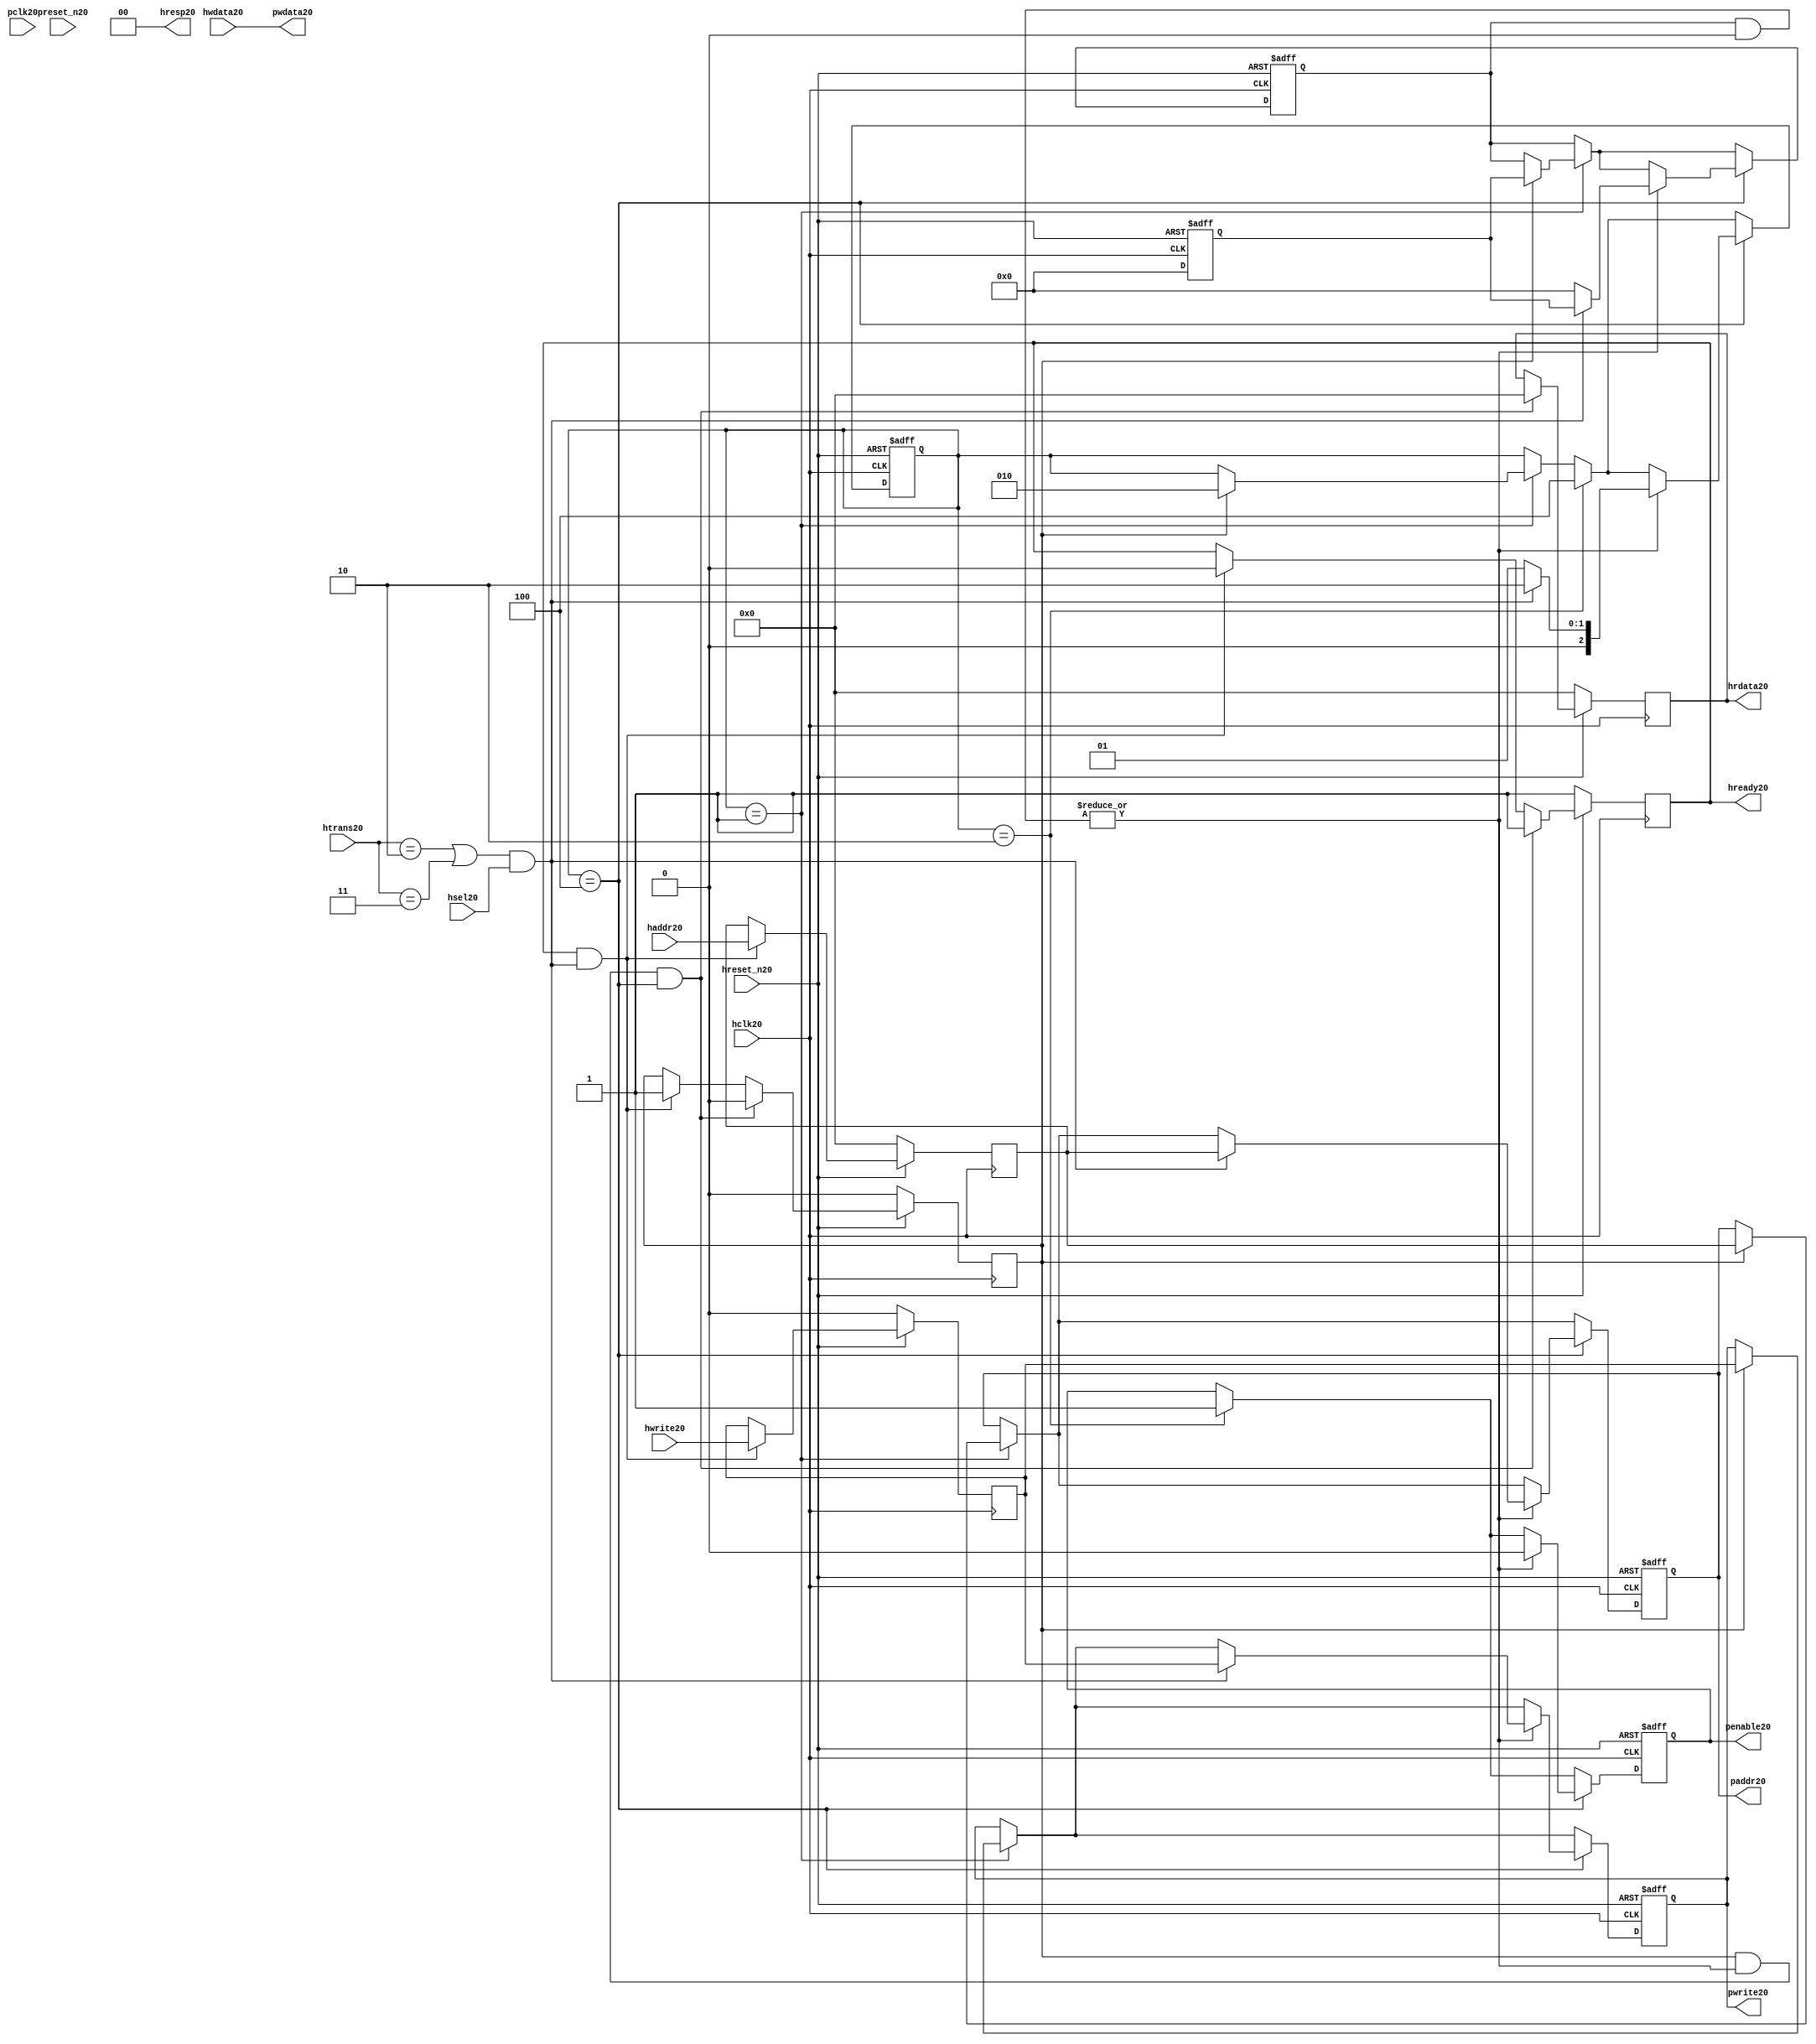
module ahb2apb20
(
  // AHB20 signals20
  hclk20,
  hreset_n20,
  hsel20,
  haddr20,
  htrans20,
  hwdata20,
  hwrite20,
  hrdata20,
  hready20,
  hresp20,
  
  // APB20 signals20 common to all APB20 slaves20
  pclk20,
  preset_n20,
  paddr20,
  penable20,
  pwrite20,
  pwdata20
  
  // Slave20 0 signals20
  `ifdef APB_SLAVE020
  ,psel020
  ,pready020
  ,prdata020
  `endif
  
  // Slave20 1 signals20
  `ifdef APB_SLAVE120
  ,psel120
  ,pready120
  ,prdata120
  `endif
  
  // Slave20 2 signals20
  `ifdef APB_SLAVE220
  ,psel220
  ,pready220
  ,prdata220
  `endif
  
  // Slave20 3 signals20
  `ifdef APB_SLAVE320
  ,psel320
  ,pready320
  ,prdata320
  `endif
  
  // Slave20 4 signals20
  `ifdef APB_SLAVE420
  ,psel420
  ,pready420
  ,prdata420
  `endif
  
  // Slave20 5 signals20
  `ifdef APB_SLAVE520
  ,psel520
  ,pready520
  ,prdata520
  `endif
  
  // Slave20 6 signals20
  `ifdef APB_SLAVE620
  ,psel620
  ,pready620
  ,prdata620
  `endif
  
  // Slave20 7 signals20
  `ifdef APB_SLAVE720
  ,psel720
  ,pready720
  ,prdata720
  `endif
  
  // Slave20 8 signals20
  `ifdef APB_SLAVE820
  ,psel820
  ,pready820
  ,prdata820
  `endif
  
  // Slave20 9 signals20
  `ifdef APB_SLAVE920
  ,psel920
  ,pready920
  ,prdata920
  `endif
  
  // Slave20 10 signals20
  `ifdef APB_SLAVE1020
  ,psel1020
  ,pready1020
  ,prdata1020
  `endif
  
  // Slave20 11 signals20
  `ifdef APB_SLAVE1120
  ,psel1120
  ,pready1120
  ,prdata1120
  `endif
  
  // Slave20 12 signals20
  `ifdef APB_SLAVE1220
  ,psel1220
  ,pready1220
  ,prdata1220
  `endif
  
  // Slave20 13 signals20
  `ifdef APB_SLAVE1320
  ,psel1320
  ,pready1320
  ,prdata1320
  `endif
  
  // Slave20 14 signals20
  `ifdef APB_SLAVE1420
  ,psel1420
  ,pready1420
  ,prdata1420
  `endif
  
  // Slave20 15 signals20
  `ifdef APB_SLAVE1520
  ,psel1520
  ,pready1520
  ,prdata1520
  `endif
  
);

parameter 
  APB_SLAVE0_START_ADDR20  = 32'h00000000,
  APB_SLAVE0_END_ADDR20    = 32'h00000000,
  APB_SLAVE1_START_ADDR20  = 32'h00000000,
  APB_SLAVE1_END_ADDR20    = 32'h00000000,
  APB_SLAVE2_START_ADDR20  = 32'h00000000,
  APB_SLAVE2_END_ADDR20    = 32'h00000000,
  APB_SLAVE3_START_ADDR20  = 32'h00000000,
  APB_SLAVE3_END_ADDR20    = 32'h00000000,
  APB_SLAVE4_START_ADDR20  = 32'h00000000,
  APB_SLAVE4_END_ADDR20    = 32'h00000000,
  APB_SLAVE5_START_ADDR20  = 32'h00000000,
  APB_SLAVE5_END_ADDR20    = 32'h00000000,
  APB_SLAVE6_START_ADDR20  = 32'h00000000,
  APB_SLAVE6_END_ADDR20    = 32'h00000000,
  APB_SLAVE7_START_ADDR20  = 32'h00000000,
  APB_SLAVE7_END_ADDR20    = 32'h00000000,
  APB_SLAVE8_START_ADDR20  = 32'h00000000,
  APB_SLAVE8_END_ADDR20    = 32'h00000000,
  APB_SLAVE9_START_ADDR20  = 32'h00000000,
  APB_SLAVE9_END_ADDR20    = 32'h00000000,
  APB_SLAVE10_START_ADDR20  = 32'h00000000,
  APB_SLAVE10_END_ADDR20    = 32'h00000000,
  APB_SLAVE11_START_ADDR20  = 32'h00000000,
  APB_SLAVE11_END_ADDR20    = 32'h00000000,
  APB_SLAVE12_START_ADDR20  = 32'h00000000,
  APB_SLAVE12_END_ADDR20    = 32'h00000000,
  APB_SLAVE13_START_ADDR20  = 32'h00000000,
  APB_SLAVE13_END_ADDR20    = 32'h00000000,
  APB_SLAVE14_START_ADDR20  = 32'h00000000,
  APB_SLAVE14_END_ADDR20    = 32'h00000000,
  APB_SLAVE15_START_ADDR20  = 32'h00000000,
  APB_SLAVE15_END_ADDR20    = 32'h00000000;

  // AHB20 signals20
input        hclk20;
input        hreset_n20;
input        hsel20;
input[31:0]  haddr20;
input[1:0]   htrans20;
input[31:0]  hwdata20;
input        hwrite20;
output[31:0] hrdata20;
reg   [31:0] hrdata20;
output       hready20;
output[1:0]  hresp20;
  
  // APB20 signals20 common to all APB20 slaves20
input       pclk20;
input       preset_n20;
output[31:0] paddr20;
reg   [31:0] paddr20;
output       penable20;
reg          penable20;
output       pwrite20;
reg          pwrite20;
output[31:0] pwdata20;
  
  // Slave20 0 signals20
`ifdef APB_SLAVE020
  output      psel020;
  input       pready020;
  input[31:0] prdata020;
`endif
  
  // Slave20 1 signals20
`ifdef APB_SLAVE120
  output      psel120;
  input       pready120;
  input[31:0] prdata120;
`endif
  
  // Slave20 2 signals20
`ifdef APB_SLAVE220
  output      psel220;
  input       pready220;
  input[31:0] prdata220;
`endif
  
  // Slave20 3 signals20
`ifdef APB_SLAVE320
  output      psel320;
  input       pready320;
  input[31:0] prdata320;
`endif
  
  // Slave20 4 signals20
`ifdef APB_SLAVE420
  output      psel420;
  input       pready420;
  input[31:0] prdata420;
`endif
  
  // Slave20 5 signals20
`ifdef APB_SLAVE520
  output      psel520;
  input       pready520;
  input[31:0] prdata520;
`endif
  
  // Slave20 6 signals20
`ifdef APB_SLAVE620
  output      psel620;
  input       pready620;
  input[31:0] prdata620;
`endif
  
  // Slave20 7 signals20
`ifdef APB_SLAVE720
  output      psel720;
  input       pready720;
  input[31:0] prdata720;
`endif
  
  // Slave20 8 signals20
`ifdef APB_SLAVE820
  output      psel820;
  input       pready820;
  input[31:0] prdata820;
`endif
  
  // Slave20 9 signals20
`ifdef APB_SLAVE920
  output      psel920;
  input       pready920;
  input[31:0] prdata920;
`endif
  
  // Slave20 10 signals20
`ifdef APB_SLAVE1020
  output      psel1020;
  input       pready1020;
  input[31:0] prdata1020;
`endif
  
  // Slave20 11 signals20
`ifdef APB_SLAVE1120
  output      psel1120;
  input       pready1120;
  input[31:0] prdata1120;
`endif
  
  // Slave20 12 signals20
`ifdef APB_SLAVE1220
  output      psel1220;
  input       pready1220;
  input[31:0] prdata1220;
`endif
  
  // Slave20 13 signals20
`ifdef APB_SLAVE1320
  output      psel1320;
  input       pready1320;
  input[31:0] prdata1320;
`endif
  
  // Slave20 14 signals20
`ifdef APB_SLAVE1420
  output      psel1420;
  input       pready1420;
  input[31:0] prdata1420;
`endif
  
  // Slave20 15 signals20
`ifdef APB_SLAVE1520
  output      psel1520;
  input       pready1520;
  input[31:0] prdata1520;
`endif
 
reg         ahb_addr_phase20;
reg         ahb_data_phase20;
wire        valid_ahb_trans20;
wire        pready_muxed20;
wire [31:0] prdata_muxed20;
reg  [31:0] haddr_reg20;
reg         hwrite_reg20;
reg  [2:0]  apb_state20;
wire [2:0]  apb_state_idle20;
wire [2:0]  apb_state_setup20;
wire [2:0]  apb_state_access20;
reg  [15:0] slave_select20;
wire [15:0] pready_vector20;
reg  [15:0] psel_vector20;
wire [31:0] prdata0_q20;
wire [31:0] prdata1_q20;
wire [31:0] prdata2_q20;
wire [31:0] prdata3_q20;
wire [31:0] prdata4_q20;
wire [31:0] prdata5_q20;
wire [31:0] prdata6_q20;
wire [31:0] prdata7_q20;
wire [31:0] prdata8_q20;
wire [31:0] prdata9_q20;
wire [31:0] prdata10_q20;
wire [31:0] prdata11_q20;
wire [31:0] prdata12_q20;
wire [31:0] prdata13_q20;
wire [31:0] prdata14_q20;
wire [31:0] prdata15_q20;

// assign pclk20     = hclk20;
// assign preset_n20 = hreset_n20;
assign hready20   = ahb_addr_phase20;
assign pwdata20   = hwdata20;
assign hresp20  = 2'b00;

// Respond20 to NONSEQ20 or SEQ transfers20
assign valid_ahb_trans20 = ((htrans20 == 2'b10) || (htrans20 == 2'b11)) && (hsel20 == 1'b1);

always @(posedge hclk20) begin
  if (hreset_n20 == 1'b0) begin
    ahb_addr_phase20 <= 1'b1;
    ahb_data_phase20 <= 1'b0;
    haddr_reg20      <= 'b0;
    hwrite_reg20     <= 1'b0;
    hrdata20         <= 'b0;
  end
  else begin
    if (ahb_addr_phase20 == 1'b1 && valid_ahb_trans20 == 1'b1) begin
      ahb_addr_phase20 <= 1'b0;
      ahb_data_phase20 <= 1'b1;
      haddr_reg20      <= haddr20;
      hwrite_reg20     <= hwrite20;
    end
    if (ahb_data_phase20 == 1'b1 && pready_muxed20 == 1'b1 && apb_state20 == apb_state_access20) begin
      ahb_addr_phase20 <= 1'b1;
      ahb_data_phase20 <= 1'b0;
      hrdata20         <= prdata_muxed20;
    end
  end
end

// APB20 state machine20 state definitions20
assign apb_state_idle20   = 3'b001;
assign apb_state_setup20  = 3'b010;
assign apb_state_access20 = 3'b100;

// APB20 state machine20
always @(posedge hclk20 or negedge hreset_n20) begin
  if (hreset_n20 == 1'b0) begin
    apb_state20   <= apb_state_idle20;
    psel_vector20 <= 1'b0;
    penable20     <= 1'b0;
    paddr20       <= 1'b0;
    pwrite20      <= 1'b0;
  end  
  else begin
    
    // IDLE20 -> SETUP20
    if (apb_state20 == apb_state_idle20) begin
      if (ahb_data_phase20 == 1'b1) begin
        apb_state20   <= apb_state_setup20;
        psel_vector20 <= slave_select20;
        paddr20       <= haddr_reg20;
        pwrite20      <= hwrite_reg20;
      end  
    end
    
    // SETUP20 -> TRANSFER20
    if (apb_state20 == apb_state_setup20) begin
      apb_state20 <= apb_state_access20;
      penable20   <= 1'b1;
    end
    
    // TRANSFER20 -> SETUP20 or
    // TRANSFER20 -> IDLE20
    if (apb_state20 == apb_state_access20) begin
      if (pready_muxed20 == 1'b1) begin
      
        // TRANSFER20 -> SETUP20
        if (valid_ahb_trans20 == 1'b1) begin
          apb_state20   <= apb_state_setup20;
          penable20     <= 1'b0;
          psel_vector20 <= slave_select20;
          paddr20       <= haddr_reg20;
          pwrite20      <= hwrite_reg20;
        end  
        
        // TRANSFER20 -> IDLE20
        else begin
          apb_state20   <= apb_state_idle20;      
          penable20     <= 1'b0;
          psel_vector20 <= 'b0;
        end  
      end
    end
    
  end
end

always @(posedge hclk20 or negedge hreset_n20) begin
  if (hreset_n20 == 1'b0)
    slave_select20 <= 'b0;
  else begin  
  `ifdef APB_SLAVE020
     slave_select20[0]   <= valid_ahb_trans20 && (haddr20 >= APB_SLAVE0_START_ADDR20)  && (haddr20 <= APB_SLAVE0_END_ADDR20);
   `else
     slave_select20[0]   <= 1'b0;
   `endif
   
   `ifdef APB_SLAVE120
     slave_select20[1]   <= valid_ahb_trans20 && (haddr20 >= APB_SLAVE1_START_ADDR20)  && (haddr20 <= APB_SLAVE1_END_ADDR20);
   `else
     slave_select20[1]   <= 1'b0;
   `endif  
     
   `ifdef APB_SLAVE220  
     slave_select20[2]   <= valid_ahb_trans20 && (haddr20 >= APB_SLAVE2_START_ADDR20)  && (haddr20 <= APB_SLAVE2_END_ADDR20);
   `else
     slave_select20[2]   <= 1'b0;
   `endif  
     
   `ifdef APB_SLAVE320  
     slave_select20[3]   <= valid_ahb_trans20 && (haddr20 >= APB_SLAVE3_START_ADDR20)  && (haddr20 <= APB_SLAVE3_END_ADDR20);
   `else
     slave_select20[3]   <= 1'b0;
   `endif  
     
   `ifdef APB_SLAVE420  
     slave_select20[4]   <= valid_ahb_trans20 && (haddr20 >= APB_SLAVE4_START_ADDR20)  && (haddr20 <= APB_SLAVE4_END_ADDR20);
   `else
     slave_select20[4]   <= 1'b0;
   `endif  
     
   `ifdef APB_SLAVE520  
     slave_select20[5]   <= valid_ahb_trans20 && (haddr20 >= APB_SLAVE5_START_ADDR20)  && (haddr20 <= APB_SLAVE5_END_ADDR20);
   `else
     slave_select20[5]   <= 1'b0;
   `endif  
     
   `ifdef APB_SLAVE620  
     slave_select20[6]   <= valid_ahb_trans20 && (haddr20 >= APB_SLAVE6_START_ADDR20)  && (haddr20 <= APB_SLAVE6_END_ADDR20);
   `else
     slave_select20[6]   <= 1'b0;
   `endif  
     
   `ifdef APB_SLAVE720  
     slave_select20[7]   <= valid_ahb_trans20 && (haddr20 >= APB_SLAVE7_START_ADDR20)  && (haddr20 <= APB_SLAVE7_END_ADDR20);
   `else
     slave_select20[7]   <= 1'b0;
   `endif  
     
   `ifdef APB_SLAVE820  
     slave_select20[8]   <= valid_ahb_trans20 && (haddr20 >= APB_SLAVE8_START_ADDR20)  && (haddr20 <= APB_SLAVE8_END_ADDR20);
   `else
     slave_select20[8]   <= 1'b0;
   `endif  
     
   `ifdef APB_SLAVE920  
     slave_select20[9]   <= valid_ahb_trans20 && (haddr20 >= APB_SLAVE9_START_ADDR20)  && (haddr20 <= APB_SLAVE9_END_ADDR20);
   `else
     slave_select20[9]   <= 1'b0;
   `endif  
     
   `ifdef APB_SLAVE1020  
     slave_select20[10]  <= valid_ahb_trans20 && (haddr20 >= APB_SLAVE10_START_ADDR20) && (haddr20 <= APB_SLAVE10_END_ADDR20);
   `else
     slave_select20[10]   <= 1'b0;
   `endif  
     
   `ifdef APB_SLAVE1120  
     slave_select20[11]  <= valid_ahb_trans20 && (haddr20 >= APB_SLAVE11_START_ADDR20) && (haddr20 <= APB_SLAVE11_END_ADDR20);
   `else
     slave_select20[11]   <= 1'b0;
   `endif  
     
   `ifdef APB_SLAVE1220  
     slave_select20[12]  <= valid_ahb_trans20 && (haddr20 >= APB_SLAVE12_START_ADDR20) && (haddr20 <= APB_SLAVE12_END_ADDR20);
   `else
     slave_select20[12]   <= 1'b0;
   `endif  
     
   `ifdef APB_SLAVE1320  
     slave_select20[13]  <= valid_ahb_trans20 && (haddr20 >= APB_SLAVE13_START_ADDR20) && (haddr20 <= APB_SLAVE13_END_ADDR20);
   `else
     slave_select20[13]   <= 1'b0;
   `endif  
     
   `ifdef APB_SLAVE1420  
     slave_select20[14]  <= valid_ahb_trans20 && (haddr20 >= APB_SLAVE14_START_ADDR20) && (haddr20 <= APB_SLAVE14_END_ADDR20);
   `else
     slave_select20[14]   <= 1'b0;
   `endif  
     
   `ifdef APB_SLAVE1520  
     slave_select20[15]  <= valid_ahb_trans20 && (haddr20 >= APB_SLAVE15_START_ADDR20) && (haddr20 <= APB_SLAVE15_END_ADDR20);
   `else
     slave_select20[15]   <= 1'b0;
   `endif  
  end
end

assign pready_muxed20 = |(psel_vector20 & pready_vector20);
assign prdata_muxed20 = prdata0_q20  | prdata1_q20  | prdata2_q20  | prdata3_q20  |
                      prdata4_q20  | prdata5_q20  | prdata6_q20  | prdata7_q20  |
                      prdata8_q20  | prdata9_q20  | prdata10_q20 | prdata11_q20 |
                      prdata12_q20 | prdata13_q20 | prdata14_q20 | prdata15_q20 ;

`ifdef APB_SLAVE020
  assign psel020            = psel_vector20[0];
  assign pready_vector20[0] = pready020;
  assign prdata0_q20        = (psel020 == 1'b1) ? prdata020 : 'b0;
`else
  assign pready_vector20[0] = 1'b0;
  assign prdata0_q20        = 'b0;
`endif

`ifdef APB_SLAVE120
  assign psel120            = psel_vector20[1];
  assign pready_vector20[1] = pready120;
  assign prdata1_q20        = (psel120 == 1'b1) ? prdata120 : 'b0;
`else
  assign pready_vector20[1] = 1'b0;
  assign prdata1_q20        = 'b0;
`endif

`ifdef APB_SLAVE220
  assign psel220            = psel_vector20[2];
  assign pready_vector20[2] = pready220;
  assign prdata2_q20        = (psel220 == 1'b1) ? prdata220 : 'b0;
`else
  assign pready_vector20[2] = 1'b0;
  assign prdata2_q20        = 'b0;
`endif

`ifdef APB_SLAVE320
  assign psel320            = psel_vector20[3];
  assign pready_vector20[3] = pready320;
  assign prdata3_q20        = (psel320 == 1'b1) ? prdata320 : 'b0;
`else
  assign pready_vector20[3] = 1'b0;
  assign prdata3_q20        = 'b0;
`endif

`ifdef APB_SLAVE420
  assign psel420            = psel_vector20[4];
  assign pready_vector20[4] = pready420;
  assign prdata4_q20        = (psel420 == 1'b1) ? prdata420 : 'b0;
`else
  assign pready_vector20[4] = 1'b0;
  assign prdata4_q20        = 'b0;
`endif

`ifdef APB_SLAVE520
  assign psel520            = psel_vector20[5];
  assign pready_vector20[5] = pready520;
  assign prdata5_q20        = (psel520 == 1'b1) ? prdata520 : 'b0;
`else
  assign pready_vector20[5] = 1'b0;
  assign prdata5_q20        = 'b0;
`endif

`ifdef APB_SLAVE620
  assign psel620            = psel_vector20[6];
  assign pready_vector20[6] = pready620;
  assign prdata6_q20        = (psel620 == 1'b1) ? prdata620 : 'b0;
`else
  assign pready_vector20[6] = 1'b0;
  assign prdata6_q20        = 'b0;
`endif

`ifdef APB_SLAVE720
  assign psel720            = psel_vector20[7];
  assign pready_vector20[7] = pready720;
  assign prdata7_q20        = (psel720 == 1'b1) ? prdata720 : 'b0;
`else
  assign pready_vector20[7] = 1'b0;
  assign prdata7_q20        = 'b0;
`endif

`ifdef APB_SLAVE820
  assign psel820            = psel_vector20[8];
  assign pready_vector20[8] = pready820;
  assign prdata8_q20        = (psel820 == 1'b1) ? prdata820 : 'b0;
`else
  assign pready_vector20[8] = 1'b0;
  assign prdata8_q20        = 'b0;
`endif

`ifdef APB_SLAVE920
  assign psel920            = psel_vector20[9];
  assign pready_vector20[9] = pready920;
  assign prdata9_q20        = (psel920 == 1'b1) ? prdata920 : 'b0;
`else
  assign pready_vector20[9] = 1'b0;
  assign prdata9_q20        = 'b0;
`endif

`ifdef APB_SLAVE1020
  assign psel1020            = psel_vector20[10];
  assign pready_vector20[10] = pready1020;
  assign prdata10_q20        = (psel1020 == 1'b1) ? prdata1020 : 'b0;
`else
  assign pready_vector20[10] = 1'b0;
  assign prdata10_q20        = 'b0;
`endif

`ifdef APB_SLAVE1120
  assign psel1120            = psel_vector20[11];
  assign pready_vector20[11] = pready1120;
  assign prdata11_q20        = (psel1120 == 1'b1) ? prdata1120 : 'b0;
`else
  assign pready_vector20[11] = 1'b0;
  assign prdata11_q20        = 'b0;
`endif

`ifdef APB_SLAVE1220
  assign psel1220            = psel_vector20[12];
  assign pready_vector20[12] = pready1220;
  assign prdata12_q20        = (psel1220 == 1'b1) ? prdata1220 : 'b0;
`else
  assign pready_vector20[12] = 1'b0;
  assign prdata12_q20        = 'b0;
`endif

`ifdef APB_SLAVE1320
  assign psel1320            = psel_vector20[13];
  assign pready_vector20[13] = pready1320;
  assign prdata13_q20        = (psel1320 == 1'b1) ? prdata1320 : 'b0;
`else
  assign pready_vector20[13] = 1'b0;
  assign prdata13_q20        = 'b0;
`endif

`ifdef APB_SLAVE1420
  assign psel1420            = psel_vector20[14];
  assign pready_vector20[14] = pready1420;
  assign prdata14_q20        = (psel1420 == 1'b1) ? prdata1420 : 'b0;
`else
  assign pready_vector20[14] = 1'b0;
  assign prdata14_q20        = 'b0;
`endif

`ifdef APB_SLAVE1520
  assign psel1520            = psel_vector20[15];
  assign pready_vector20[15] = pready1520;
  assign prdata15_q20        = (psel1520 == 1'b1) ? prdata1520 : 'b0;
`else
  assign pready_vector20[15] = 1'b0;
  assign prdata15_q20        = 'b0;
`endif

endmodule